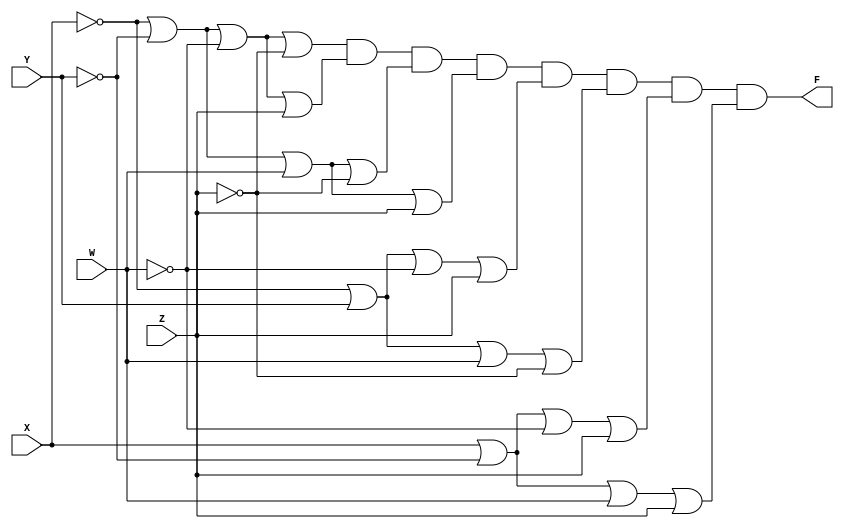
/*

Guia_0404.v
Aluno- Arthur Martinho Medeiros Oliveira	
Matricula- 813168

*/
module PoS_e(output F, input X, Y, W, Z);
assign F = (~X | ~Y | ~W | ~Z) & (~X | ~Y | ~W | Z) & (~X | ~Y | W | ~Z) & (~X | ~Y | W | Z) & (~X | Y | ~W | Z) & (~X | Y | W | ~Z) & (X | ~Y | ~W | Z) & (X | ~Y | W | Z);
endmodule